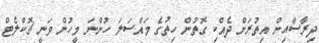
ދިރާސާއިން އިތުރަށް ދެއްކި ގޮތުން ހިތުގެ މައްސަލަ ހުންނަ މީހުން ވަނީ ޗޮކްލެޓް